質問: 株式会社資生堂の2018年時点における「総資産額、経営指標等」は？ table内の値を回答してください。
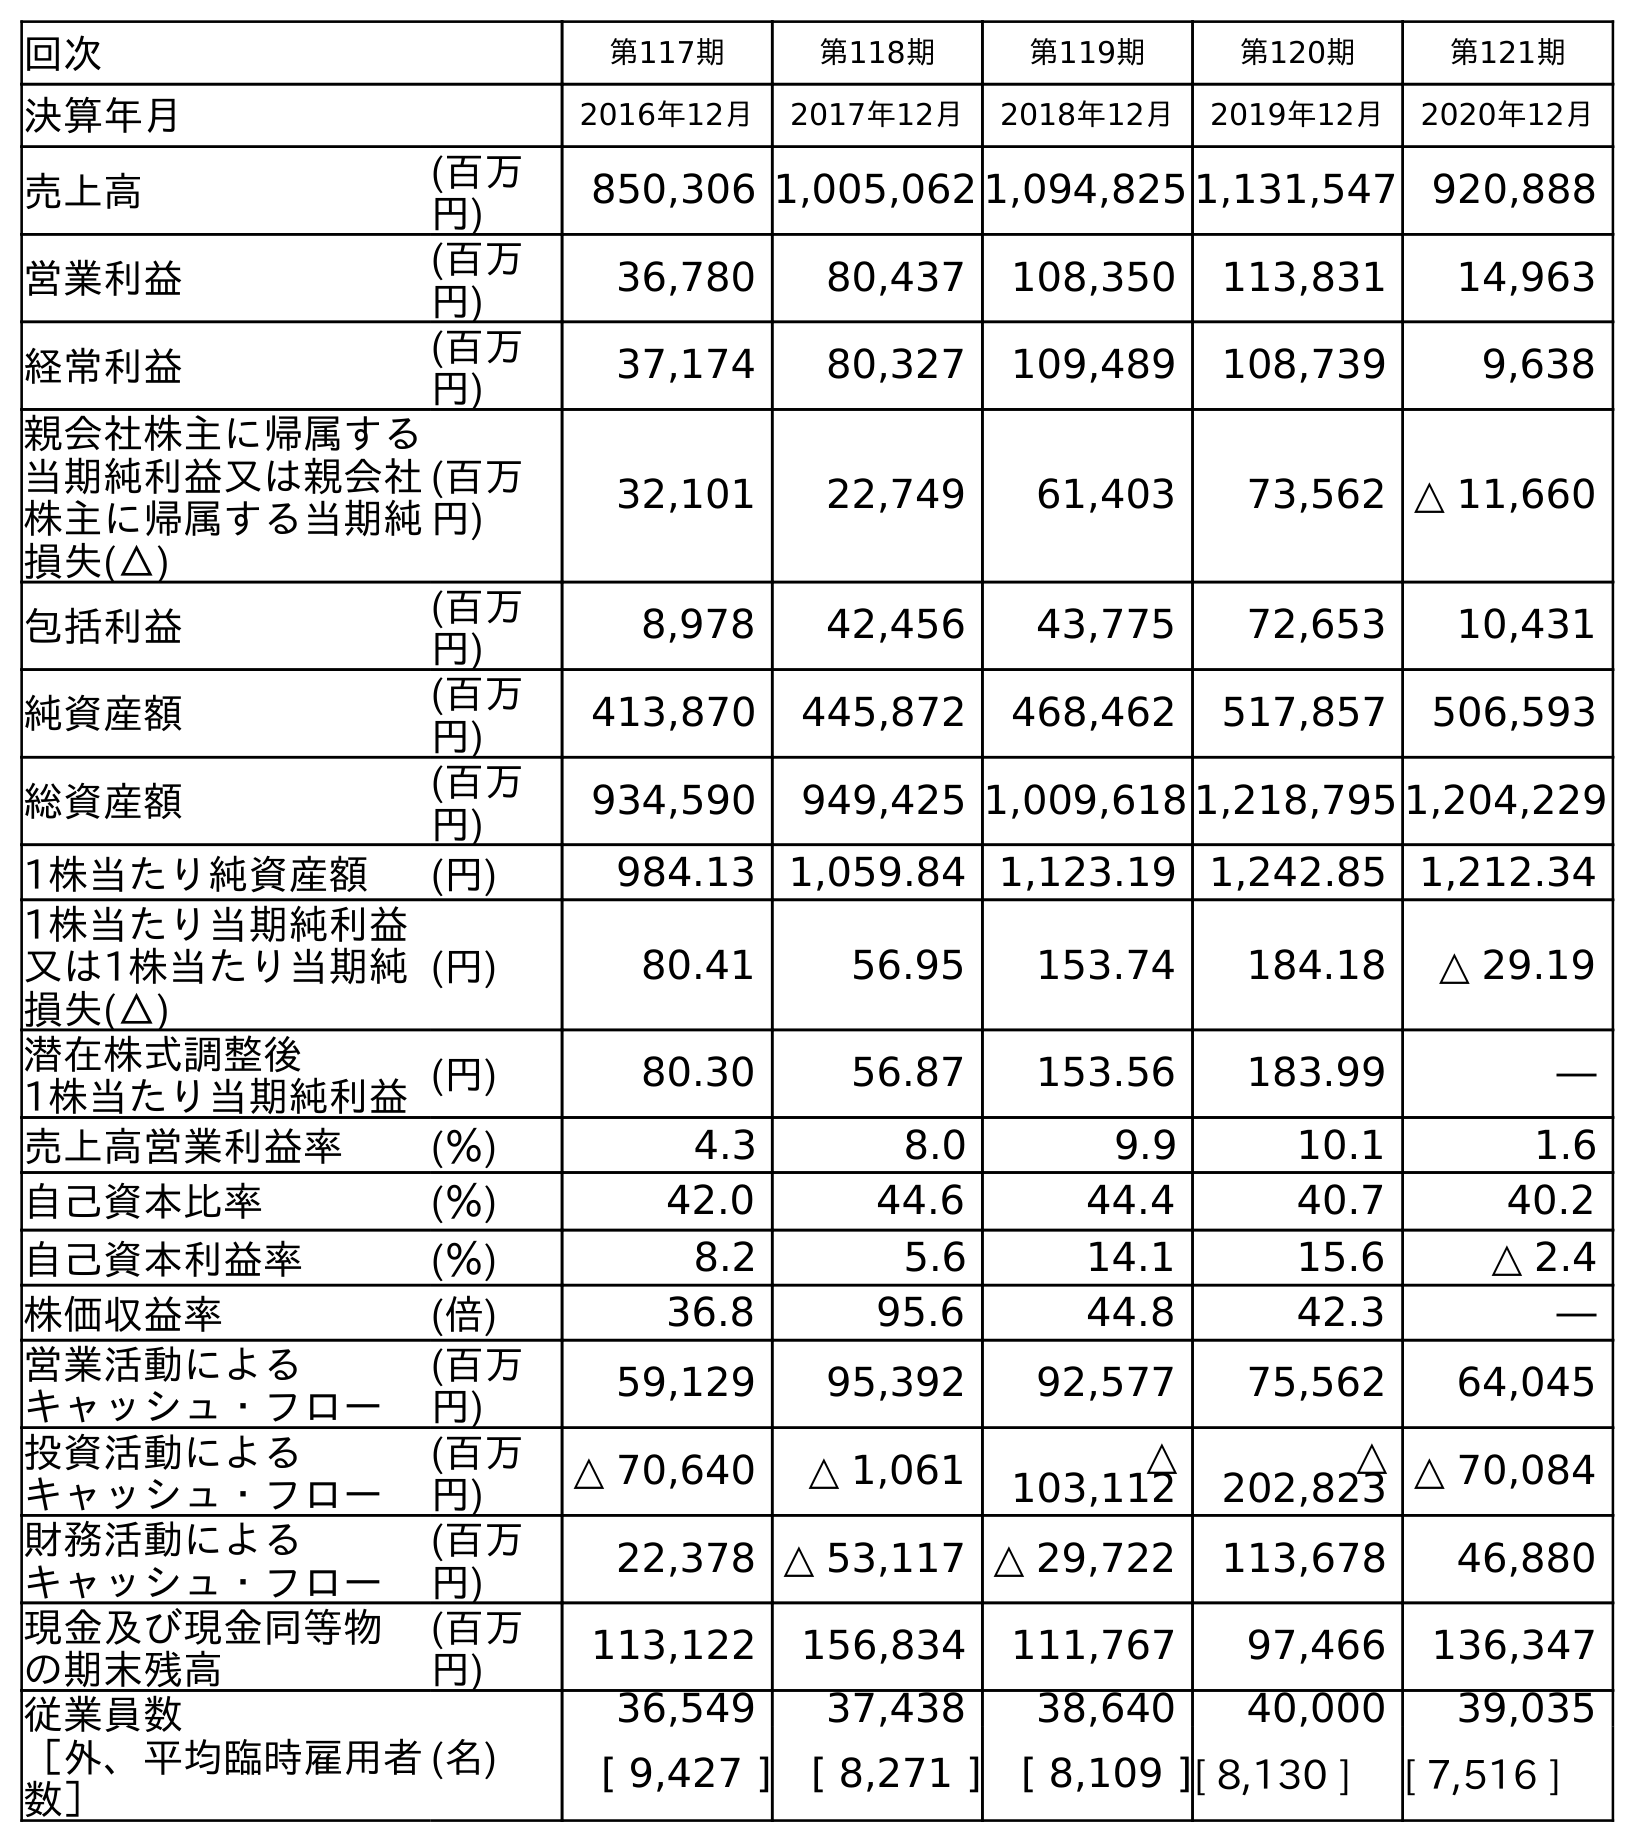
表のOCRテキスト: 回次 第117期 第118期 第119期 第120期 第121期 決算年月 2016年12月 2017年12月 2018年12月 2019年12月 2020年12月 売上高 (百万 円) 850,306 1,005,062 1,094,825 1,131,547 920,888 営業利益 (百万 円) 36,780 80,437 108,350 113,831 14,963 経常利益 (百万 円) 37,174 80,327 109,489 108,739 9,638 親会社株主に帰属する 当期純利益又は親会社 株主に帰属する当期純 損失(△) (百万 円) 32,101 22,749 61,403 73,562 △ 11,660 包括利益 (百万 円) 8,978 42,456 43,775 72,653 10,431 純資産額 (百万 円) 413,870 445,872 468,462 517,857 506,593 総資産額 (百万 円) 934,590 949,425 1,009,618 1,218,795 1,204,229 1株当たり純資産額 (円) 984.13 1,059.84 1,123.19 1,242.85 1,212.34 1株当たり当期純利益 又は1株当たり当期純 損失(△) (円) 80.41 56.95 153.74 184.18 △ 29.19 潜在株式調整後 1株当たり当期純利益(円) 80.30 56.87 153.56 183.99 ― 売上高営業利益率 (％) 4.3 8.0 9.9 10.1 1.6 自己資本比率 (％) 42.0 44.6 44.4 40.7 40.2 自己資本利益率 (％) 8.2 5.6 14.1 15.6 △ 2.4 株価収益率 (倍) 36.8 95.6 44.8 42.3 ― 営業活動による キャッシュ・フロー (百万 円) 59,129 95,392 92,577 75,562 64,045 投資活動による キャッシュ・フロー (百万 円) △ 70,640 △ 1,061 △ 103,112 △ 202,823 △ 70,084 財務活動による キャッシュ・フロー (百万 円) 22,378 △ 53,117 △ 29,722 113,678 46,880 現金及び現金同等物 の期末残高 (百万 円) 113,122 156,834 111,767 97,466 136,347 従業員数 ［外、平均臨時雇用者 数］ (名) 36,549 37,438 38,640 40,000 39,035 [ 9,427 ] [ 8,271 ] [ 8,109 ][ 8,130 ] [ 7,516 ]
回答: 1,009,618